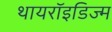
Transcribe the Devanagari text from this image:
थायरॉइडिज्म